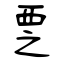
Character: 覂